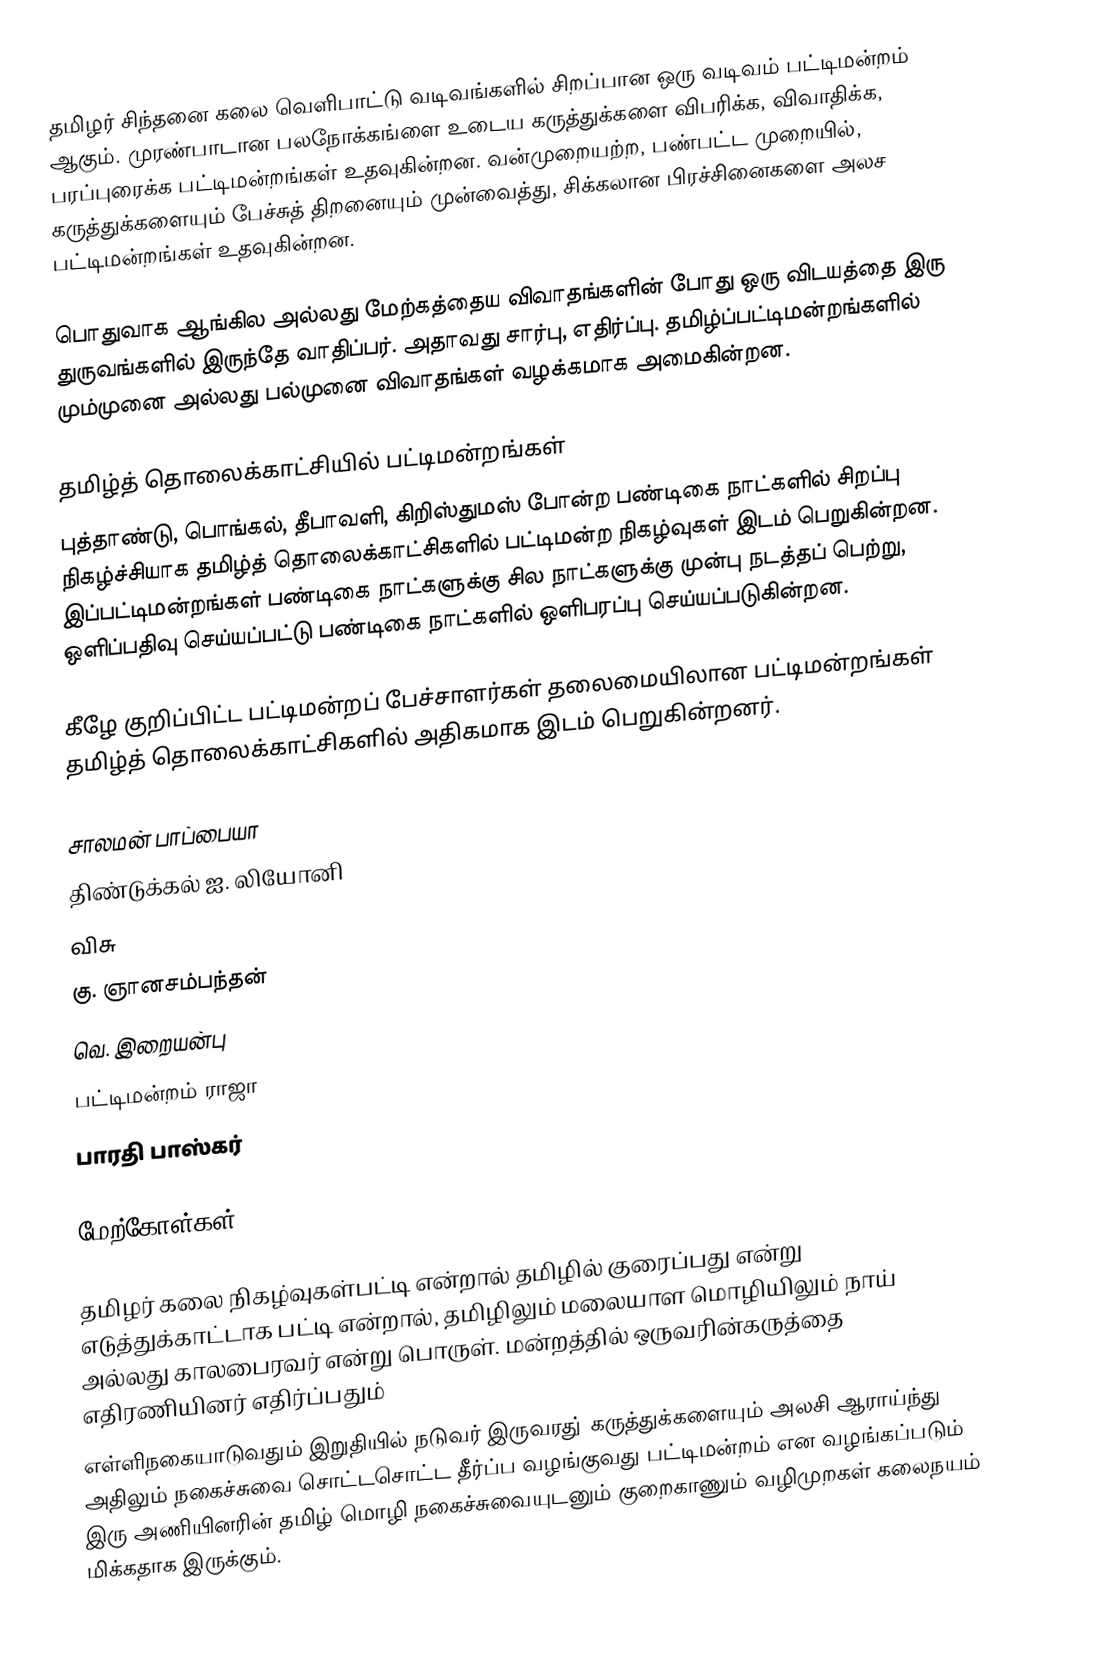
தமிழர் சிந்தனை கலை வெளிபாட்டு வடிவங்களில் சிறப்பான ஒரு வடிவம் பட்டிமன்றம் ஆகும்.  முரண்பாடான பலநோக்கங்ளை உடைய கருத்துக்களை விபரிக்க, விவாதிக்க, பரப்புரைக்க பட்டிமன்றங்கள் உதவுகின்றன. வன்முறையற்ற, பண்பட்ட முறையில், கருத்துக்களையும் பேச்சுத் திறனையும் முன்வைத்து, சிக்கலான பிரச்சினைகளை அலச பட்டிமன்றங்கள் உதவுகின்றன.

பொதுவாக ஆங்கில அல்லது மேற்கத்தைய விவாதங்களின் போது ஒரு விடயத்தை இரு துருவங்களில் இருந்தே வாதிப்பர். அதாவது சார்பு, எதிர்ப்பு.  தமிழ்ப்பட்டிமன்றங்களில் மும்முனை அல்லது பல்முனை விவாதங்கள் வழக்கமாக அமைகின்றன.

தமிழ்த் தொலைக்காட்சியில் பட்டிமன்றங்கள்
புத்தாண்டு, பொங்கல், தீபாவளி, கிறிஸ்துமஸ் போன்ற பண்டிகை நாட்களில் சிறப்பு நிகழ்ச்சியாக தமிழ்த் தொலைக்காட்சிகளில் பட்டிமன்ற நிகழ்வுகள் இடம் பெறுகின்றன. இப்பட்டிமன்றங்கள் பண்டிகை நாட்களுக்கு சில நாட்களுக்கு முன்பு நடத்தப் பெற்று, ஒளிப்பதிவு செய்யப்பட்டு பண்டிகை நாட்களில் ஒளிபரப்பு செய்யப்படுகின்றன.

கீழே குறிப்பிட்ட பட்டிமன்றப் பேச்சாளர்கள் தலைமையிலான பட்டிமன்றங்கள் தமிழ்த் தொலைக்காட்சிகளில் அதிகமாக இடம் பெறுகின்றனர்.

 சாலமன் பாப்பையா
 திண்டுக்கல் ஐ. லியோனி
 விசு
 கு. ஞானசம்பந்தன்
 வெ. இறையன்பு
 பட்டிமன்றம் ராஜா
 பாரதி பாஸ்கர்

மேற்கோள்கள்

தமிழர் கலை நிகழ்வுகள்பட்டி என்றால் தமிழில் குரைப்பது என்று எடுத்துக்காட்டாக பட்டி என்றால், தமிழிலும் மலையாள மொழியிலும் நாய் அல்லது காலபைரவர் என்று பொருள். மன்றத்தில் ஒருவரின்கருத்தை எதிரணியினர் எதிர்ப்பதும்
எள்ளிநகையாடுவதும் இறுதியில் நடுவர் இருவரது் கருத்துக்களையும் அலசி ஆராய்ந்து அதிலும் நகைச்சுவை சொட்டசொட்ட தீர்ப்ப வழங்குவது பட்டிமன்றம் என வழங்கப்படும் இரு அணியினரின் தமிழ் மொழி நகைச்சுவையுடனும் குறைகாணும் வழிமுறகள் கலைநயம் மிக்கதாக இருக்கும்.